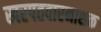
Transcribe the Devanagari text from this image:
खरपतवारनाशक